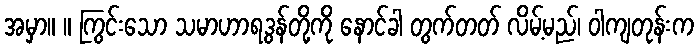
အမှာ။ ။ ကြွင်းသော သမာဟာရဒွန်တို့ကို နောင်ခါ တွက်တတ် လိမ့်မည်၊ ဝါကျတုန်းက